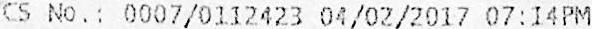
CS NO.: 0007/0112423 04/02/2017 07:14PM